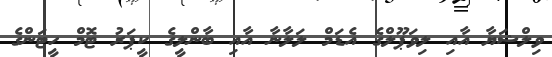
ވިލްޝަޔާ އާއި ލިވަޕޫލްގެ އެޑަމް ލަލާނާ އާއި ބާންލީގެ ކީޕަރު ޓޮމް ހީޓަންގެ